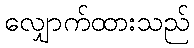
လျှောက်ထားသည်